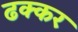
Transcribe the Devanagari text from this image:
ढक्कर